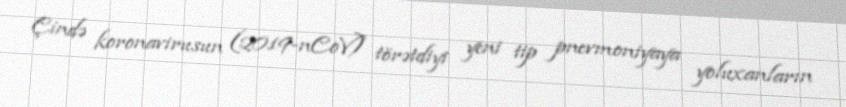
Çində koronavirusun (2019-nCoV) törətdiyi yeni tip pnevmoniyaya yoluxanların